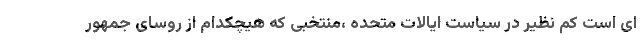
ای است کم نظیر در سیاست ایالات متحده ،منتخبی که هیچکدام از روسای جمهور